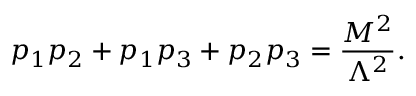
p _ { 1 } p _ { 2 } + p _ { 1 } p _ { 3 } + p _ { 2 } p _ { 3 } = \frac { M ^ { 2 } } { \Lambda ^ { 2 } } .